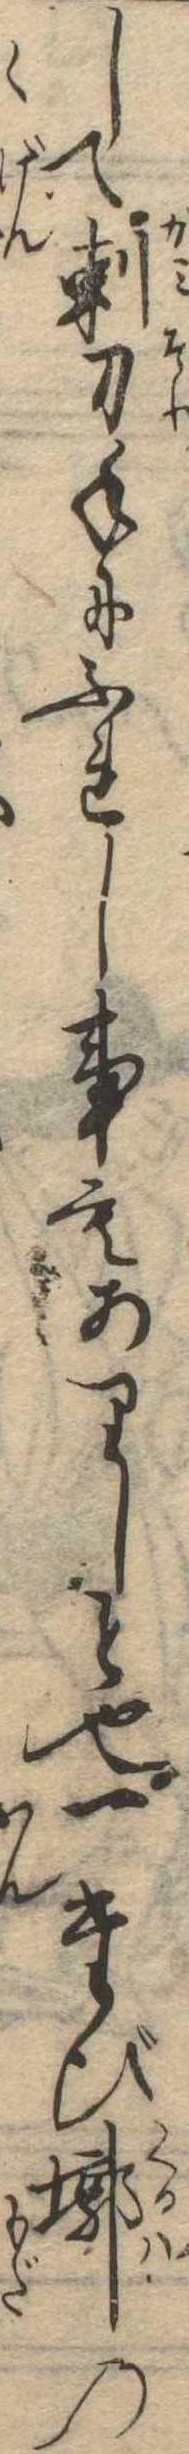
して刺刀手にふれし事もありしと也一たび廓の